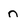
Character: n